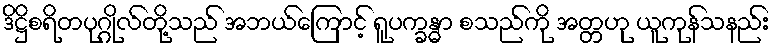
ဒိဋ္ဌိစရိတပုဂ္ဂိုလ်တို့သည် အဘယ်ကြောင့် ရူပက္ခန္ဓာ စသည်ကို အတ္တဟု ယူကုန်သနည်း